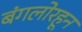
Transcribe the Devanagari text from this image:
बंगलोरहून